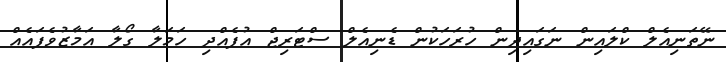
ނޭތަނިއެލް ކްލައިން ނަގައިދިން ހުރަހަކުން ޑެނިއެލް ސްޓަރިޖް އުފެއްދި ހަމަލާ ގޯލާ އަމާޒުވެފައެއް